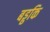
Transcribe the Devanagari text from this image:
बड्ढकि